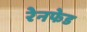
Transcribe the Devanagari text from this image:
रेनफेड